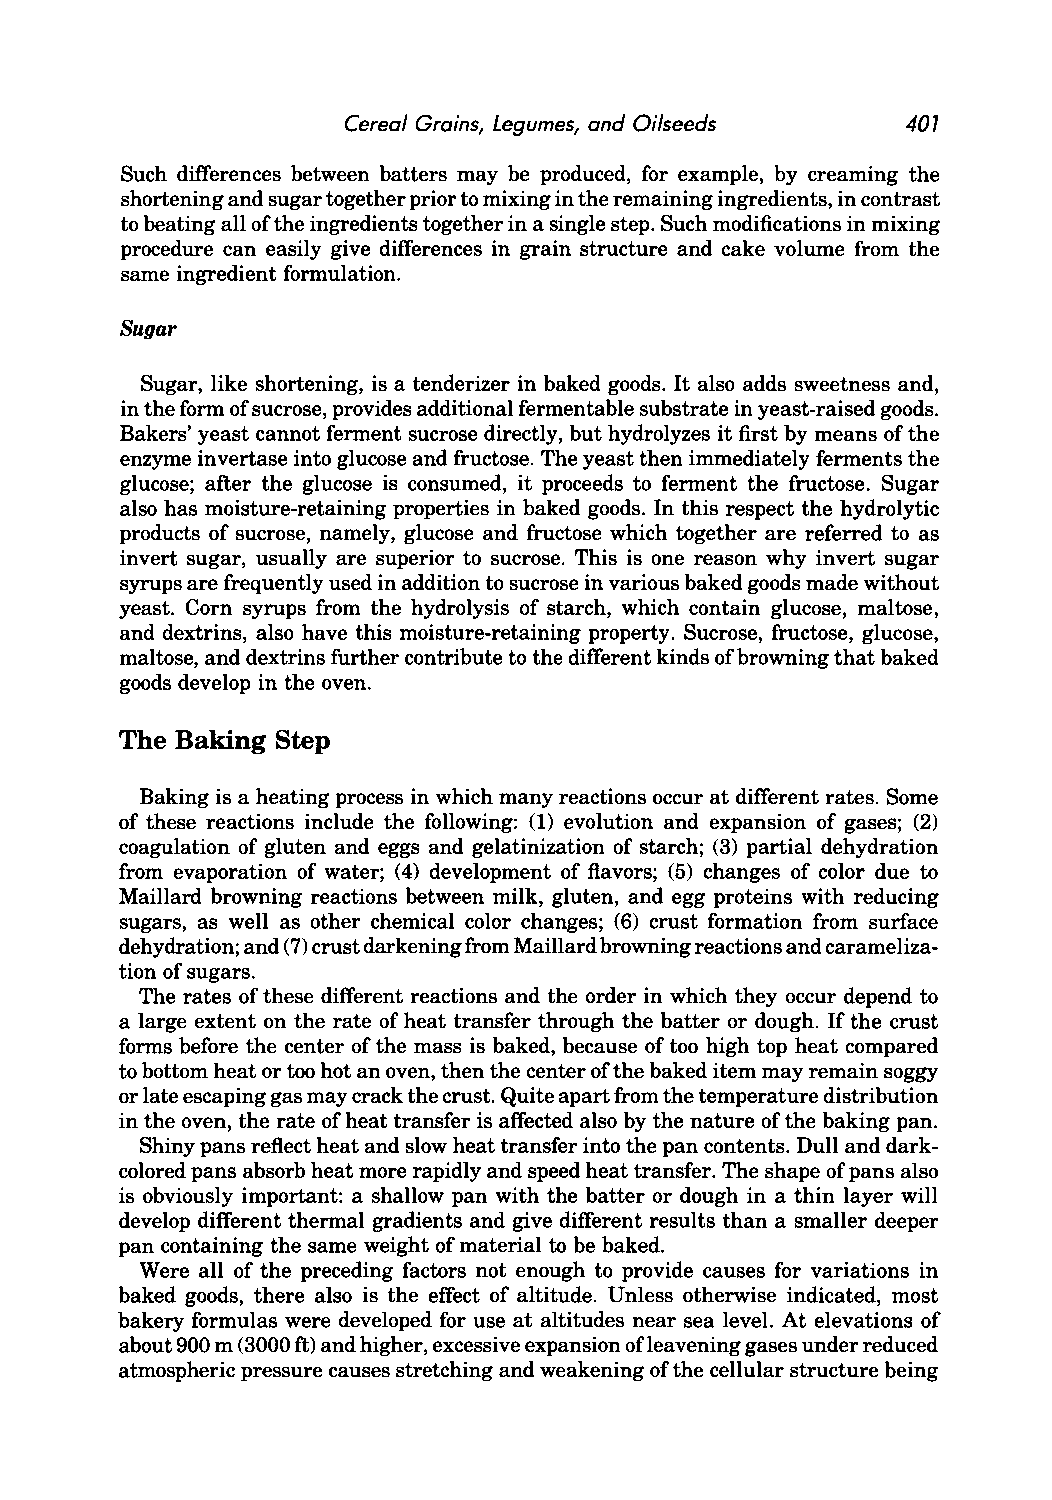
Cereal Grains, Legumes, and Oilseeds 407
 Such differences between batters may be produced, for example, by creaming the
 shortening and sugar together prior to mixing in the remaining ingredients, in contrast
 to beating all of the ingredients together in a single step. Such modifications in mixing
 procedure can easily give differences in grain structure and cake volume from the
 same ingredient formulation.
 Sugar
 Sugar, like shortening, is a tenderizer in baked goods. It also adds sweetness and,
 in the form of sucrose, provides additional fermentable substrate in yeast-raised goods.
 Bakers' yeast cannot ferment sucrose directly, but hydrolyzes it first by means of the
 enzyme invertase into glucose and fructose. The yeast then immediately ferments the
 glucose; after the glucose is consumed, it proceeds to ferment the fructose. Sugar
 also has moisture-retaining properties in baked goods. In this respect the hydrolytic
 products of sucrose, namely, glucose and fructose which together are referred to as
 invert sugar, usually are superior to sucrose. This is one reason why invert sugar
 syrups are frequently used in addition to sucrose in various baked goods made without
 yeast. Com syrups from the hydrolysis of starch, which contain glucose, maltose,
 and dextrins, also have this moisture-retaining property. Sucrose, fructose, glucose,
 maltose, and dextrins further contribute to the different kinds of browning that baked
 goods develop in the oven.
 The Baking Step
 Baking is a heating process in which many reactions occur at different rates. Some
 of these reactions include the following: (1) evolution and expansion of gases; (2)
 coagulation of gluten and eggs and gelatinization of starch; (3) partial dehydration
 from evaporation of water; (4) development of flavors; (5) changes of color due to
 Maillard browning reactions between milk, gluten, and egg proteins with reducing
 sugars, as well as other chemical color changes; (6) crust formation from surface
 dehydration; and (7) crust darkening from Maillard browning reactions and carameliza
 tion of sugars.
 The rates of these different reactions and the order in which they occur depend to
 a large extent on the rate of heat transfer through the batter or dough. If the crust
 forms before the center of the mass is baked, because of too high top heat compared
 to bottom heat or too hot an oven, then the center of the baked item may remain soggy
 or late escaping gas may crack the crust. Quite apart from the temperature distribution
 in the oven, the rate of heat transfer is affected also by the nature of the baking pan.
 Shiny pans reflect heat and slow heat transfer into the pan contents. Dull and dark
 colored pans absorb heat more rapidly and speed heat transfer. The shape of pans also
 is obviously important: a shallow pan with the batter or dough in a thin layer will
 develop different thermal gradients and give different results than a smaller deeper
 pan containing the same weight of material to be baked.
 Were all of the preceding factors not enough to provide causes for variations in
 baked goods, there also is the effect of altitude. Unless otherwise indicated, most
 bakery formulas were developed for use at altitudes near sea level. At elevations of
 about 900 m (3000 ft) and higher, excessive expansion ofleavening gases under reduced
 atmospheric pressure causes stretching and weakening of the cellular structure being